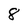
Character: 8